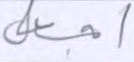
أجعل